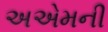
અએમની